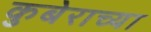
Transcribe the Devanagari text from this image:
कुबेराच्या